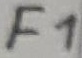
Text: F1